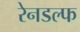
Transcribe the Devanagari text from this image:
रेनडल्फ